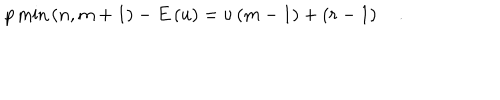
p \min \left( n , m + 1 \right) - E \left( u \right) = \nu \left( m - 1 \right) + \left( r - 1 \right) \quad .